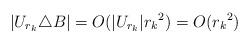
LaTeX: \begin{align*} |U_{r_k} \triangle B| = O(|U_{r_k}| {r_k}^2) =O({r_k}^2) \end{align*}